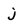
Character: j